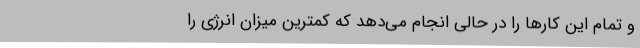
و تمام این کارها را در حالی انجام می‌دهد که کمترین میزان انرژی را